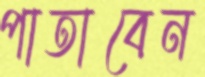
পাতাবেন